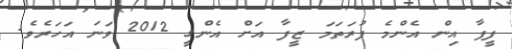
ފީފާ އިން އެންމެ ފުރަތަމަ ޒީފާ އަށް އެންގީ 2012 ވަނަ އަހަރެވެ.